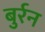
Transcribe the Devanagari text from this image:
बुर्रन